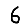
Digit: 6